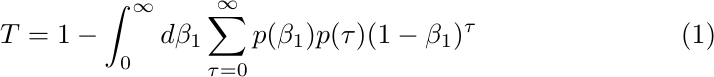
\begin{equation}\label{eq-T0}
T=1-\int_0^\infty d\beta_1 \sum_{\tau=0}^\infty p(\beta_1) p(\tau) (1-\beta_1)^\tau
\end{equation}